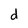
Character: d